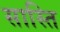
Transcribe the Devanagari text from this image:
सास्ति